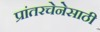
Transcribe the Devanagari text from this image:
प्रांतरचेनेसाठी